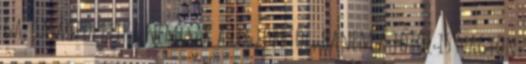
gazdaságpolitika nemcsak a legjobbtól, hanem a jótól is nagyon